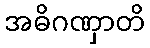
အဓိဂဏှာတိ